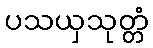
ပသယှသုတ္တံ